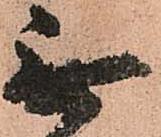
無